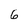
Character: 6